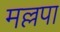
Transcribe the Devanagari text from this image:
मल्लपा